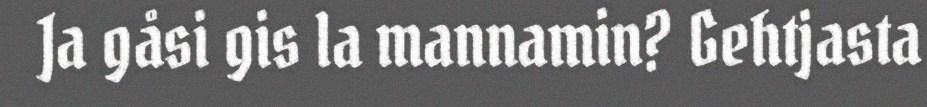
Ja gåsi gis la mannamin? Gehtjasta